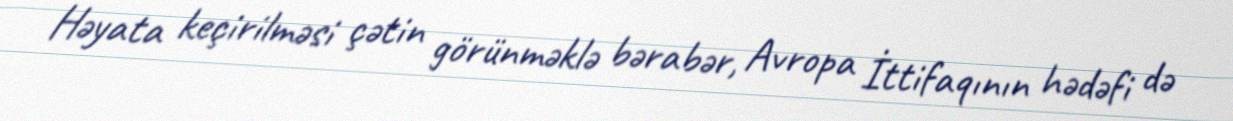
Həyata keçirilməsi çətin görünməklə bərabər, Avropa İttifaqının hədəfi də